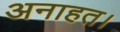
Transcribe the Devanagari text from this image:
अनाहत।